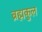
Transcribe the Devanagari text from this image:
ब्रह्मकुल